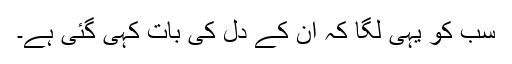
سب کو یہی لگا کہ ان کے دل کی بات کہی گئی ہے۔